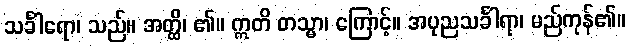
သင်္ခါရော၊ သည်။ အတ္ထိ၊ ၏။ ဣတိ တသ္မာ၊ ကြောင့်။ အပုညသင်္ခါရာ၊ မည်ကုန်၏။